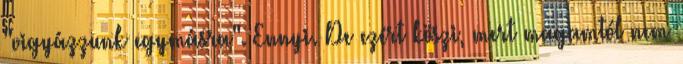
"vigyázzunk egymásra". Ennyi. De ezért köszi, mert magamtól nem